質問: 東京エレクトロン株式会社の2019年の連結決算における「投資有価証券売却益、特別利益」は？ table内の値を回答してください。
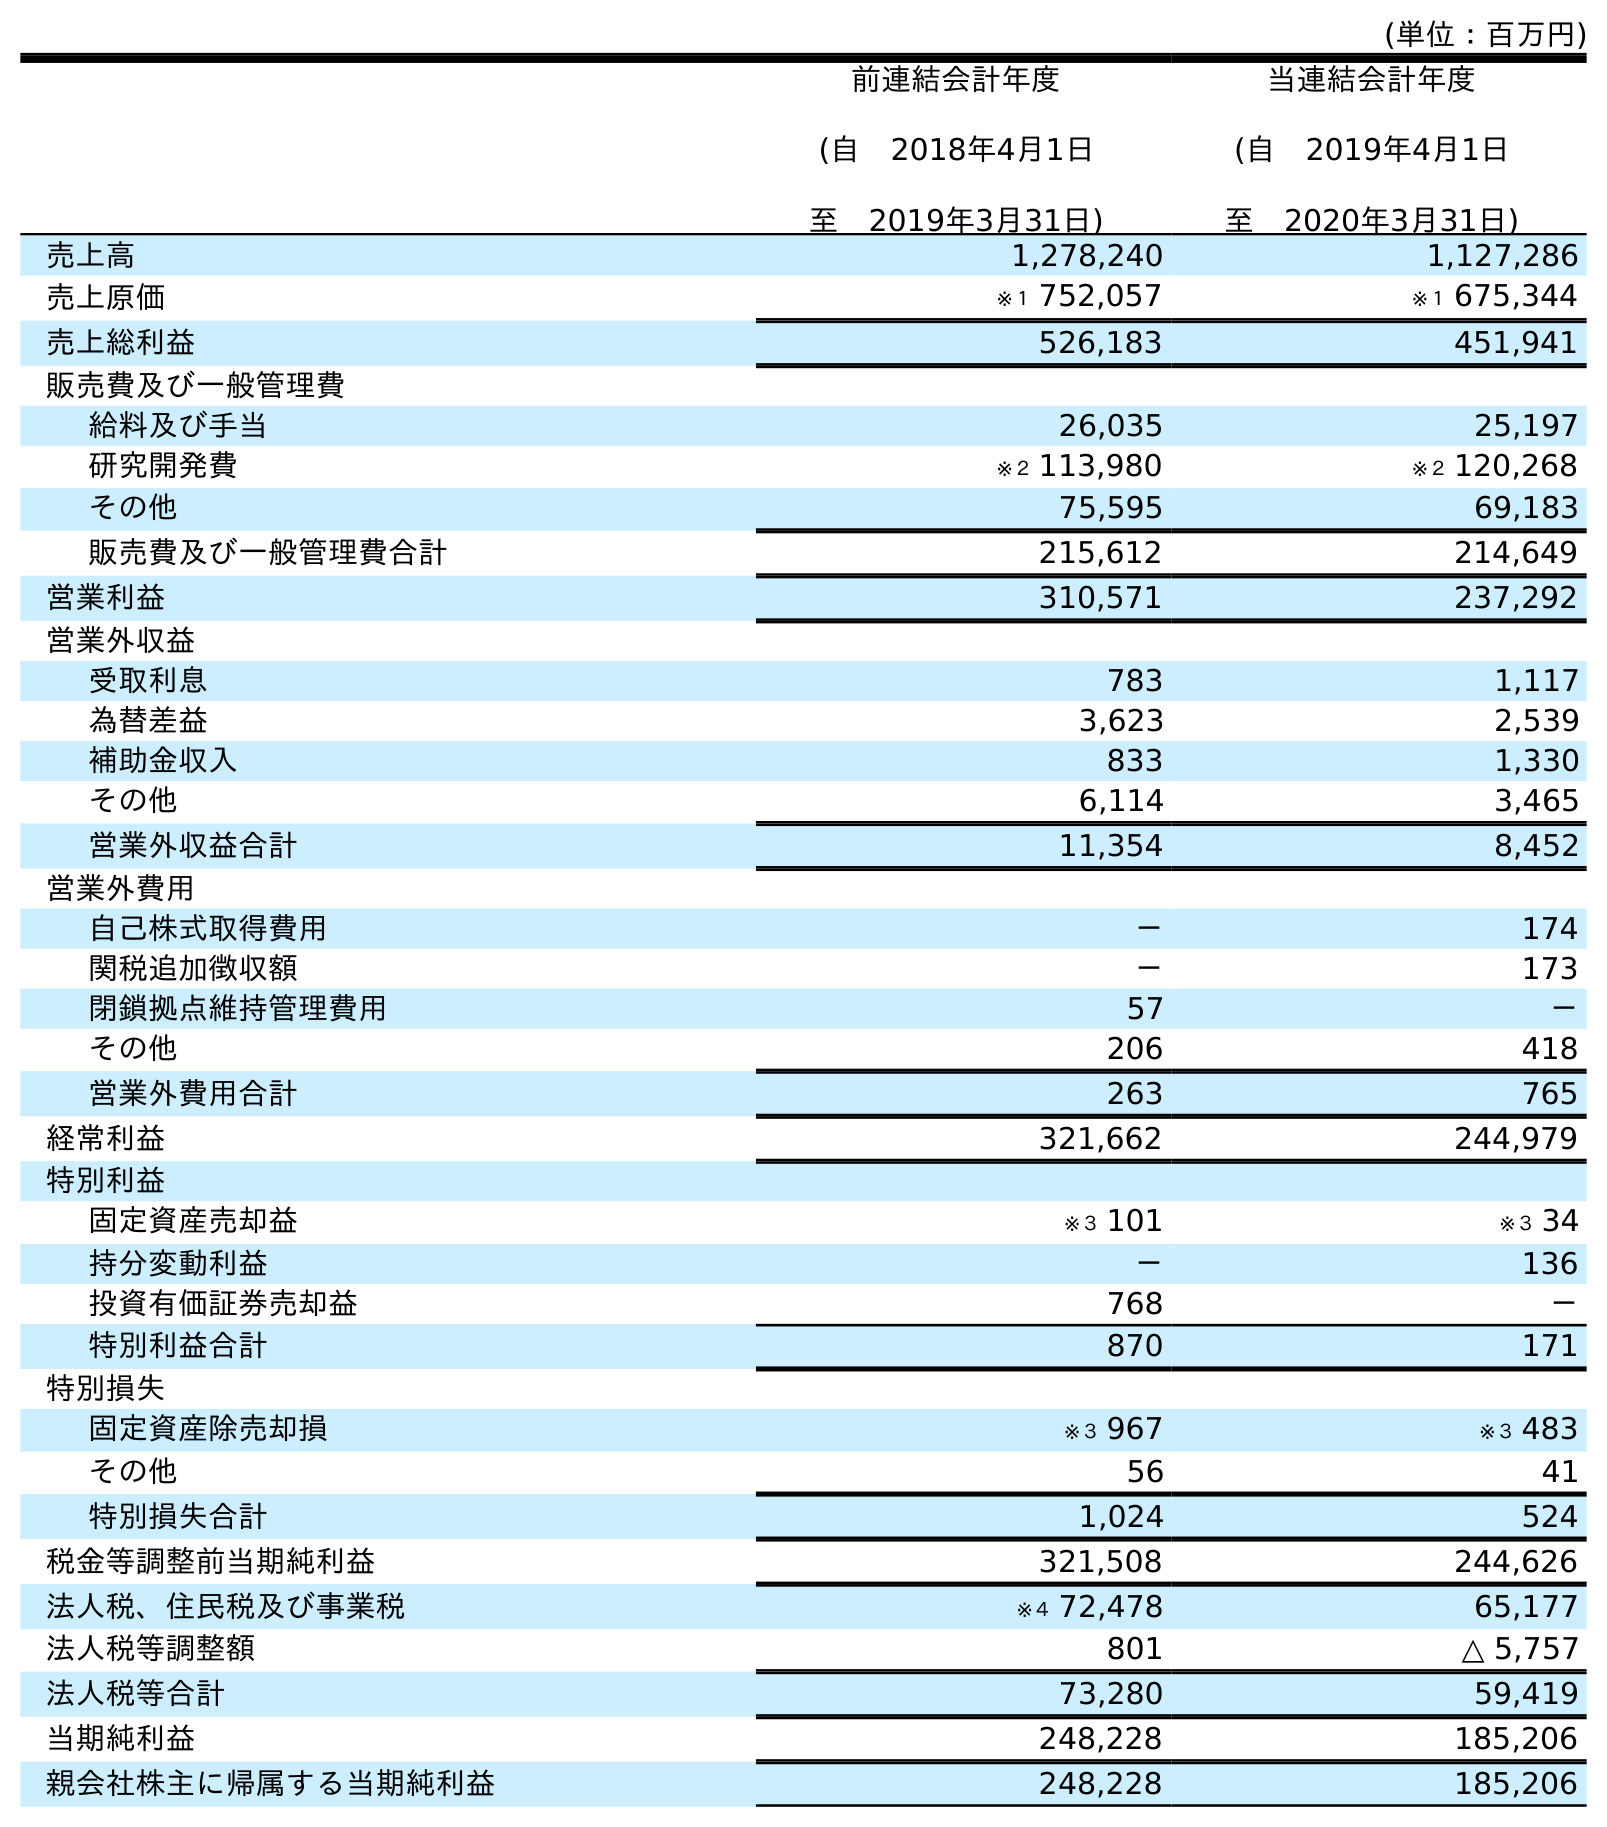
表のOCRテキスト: (単位：百万円) 前連結会計年度 (自 2018年4月1日 至 2019年3月31日) 当連結会計年度 (自 2019年4月1日 至 2020年3月31日) 売上高 1,278,240 1,127,286 売上原価 ※１ 752,057 ※１ 675,344 売上総利益 526,183 451,941 販売費及び一般管理費 給料及び手当 26,035 25,197 研究開発費 ※２ 113,980 ※２ 120,268 その他 75,595 69,183 販売費及び一般管理費合計 215,612 214,649 営業利益 310,571 237,292 営業外収益 受取利息 783 1,117 為替差益 3,623 2,539 補助金収入 833 1,330 その他 6,114 3,465 営業外収益合計 11,354 8,452 営業外費用 自己株式取得費用 － 174 関税追加徴収額 － 173 閉鎖拠点維持管理費用 57 － その他 206 418 営業外費用合計 263 765 経常利益 321,662 244,979 特別利益 固定資産売却益 ※３ 101 ※３ 34 持分変動利益 － 136 投資有価証券売却益 768 － 特別利益合計 870 171 特別損失 固定資産除売却損 ※３ 967 ※３ 483 その他 56 41 特別損失合計 1,024 524 税金等調整前当期純利益 321,508 244,626 法人税、住民税及び事業税 ※４ 72,478 65,177 法人税等調整額 801 △ 5,757 法人税等合計 73,280 59,419 当期純利益 248,228 185,206 親会社株主に帰属する当期純利益 248,228 185,206
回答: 768